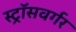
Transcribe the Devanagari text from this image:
स्ट्रॉसवर्गर